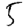
Digit: 5